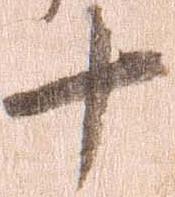
十